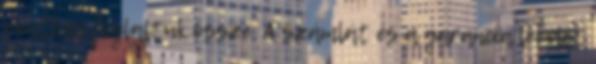
pontban foglaltuk össze. A számlát és a garancia levelet